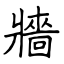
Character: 牆